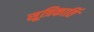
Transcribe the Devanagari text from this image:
सूत्रिकार्ति